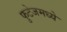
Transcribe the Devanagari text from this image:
फुटेजमध्ये